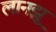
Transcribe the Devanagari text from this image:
लानझू